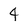
Character: 4